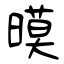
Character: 暯